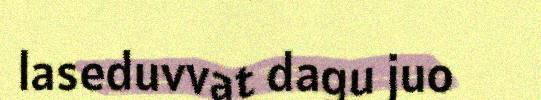
laseduvvat dagu juo